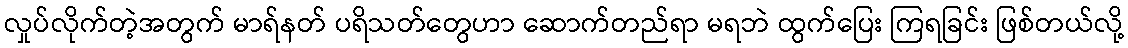
လှုပ်လိုက်တဲ့အတွက် မာရ်နတ် ပရိသတ်တွေဟာ ဆောက်တည်ရာ မရဘဲ ထွက်ပြေး ကြရခြင်း ဖြစ်တယ်လို့